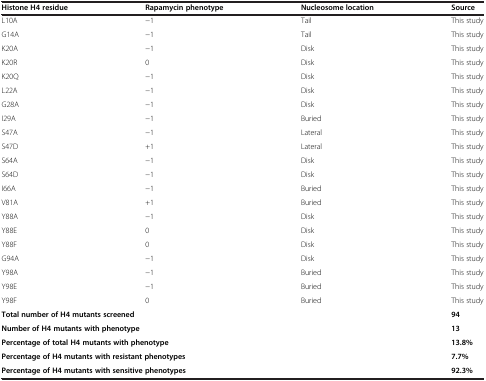
<table><thead><tr><td><b>Histone H4 residue</b></td><td><b>Rapamycin phenotype</b></td><td><b>Nucleosome location</b></td><td><b>Source</b></td></tr></thead><tbody><tr><td>L10A</td><td>−1</td><td>Tail</td><td>This study</td></tr><tr><td>G14A</td><td>−1</td><td>Tail</td><td>This study</td></tr><tr><td>K20A</td><td>−1</td><td>Disk</td><td>This study</td></tr><tr><td>K20R</td><td>0</td><td>Disk</td><td>This study</td></tr><tr><td>K20Q</td><td>−1</td><td>Disk</td><td>This study</td></tr><tr><td>L22A</td><td>−1</td><td>Disk</td><td>This study</td></tr><tr><td>G28A</td><td>−1</td><td>Disk</td><td>This study</td></tr><tr><td>I29A</td><td>−1</td><td>Buried</td><td>This study</td></tr><tr><td>S47A</td><td>−1</td><td>Lateral</td><td>This study</td></tr><tr><td>S47D</td><td>+1</td><td>Lateral</td><td>This study</td></tr><tr><td>S64A</td><td>−1</td><td>Disk</td><td>This study</td></tr><tr><td>S64D</td><td>−1</td><td>Disk</td><td>This study</td></tr><tr><td>I66A</td><td>−1</td><td>Buried</td><td>This study</td></tr><tr><td>V81A</td><td>+1</td><td>Buried</td><td>This study</td></tr><tr><td>Y88A</td><td>−1</td><td>Disk</td><td>This study</td></tr><tr><td>Y88E</td><td>0</td><td>Disk</td><td>This study</td></tr><tr><td>Y88F</td><td>0</td><td>Disk</td><td>This study</td></tr><tr><td>G94A</td><td>−1</td><td>Disk</td><td>This study</td></tr><tr><td>Y98A</td><td>−1</td><td>Buried</td><td>This study</td></tr><tr><td>Y98E</td><td>−1</td><td>Buried</td><td>This study</td></tr><tr><td>Y98F</td><td>0</td><td>Buried</td><td>This study</td></tr><tr><td colspan="3"><b>Total number of H4 mutants screened</b></td><td><b>94</b></td></tr><tr><td colspan="3"><b>Number of H4 mutants with phenotype</b></td><td><b>13</b></td></tr><tr><td colspan="3"><b>Percentage of total H4 mutants with phenotype</b></td><td><b>13.8%</b></td></tr><tr><td colspan="3"><b>Percentage of H4 mutants with resistant phenotypes</b></td><td><b>7.7%</b></td></tr><tr><td colspan="3"><b>Percentage of H4 mutants with sensitive phenotypes</b></td><td><b>92.3%</b></td></tr></tbody></table>